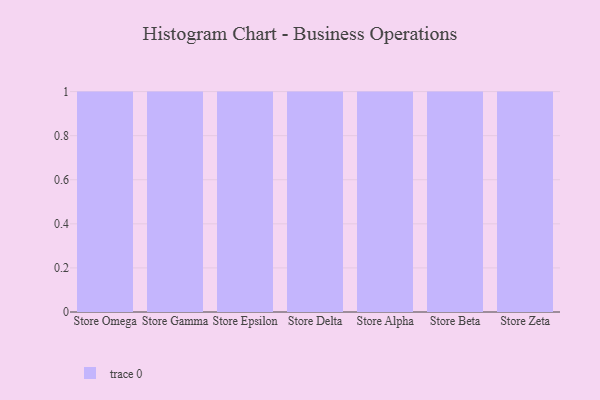
{"axis": {"x": "Store", "y": "Gross Profit (USD K)"}, "legend": [""], "data": [{"x": "Store Omega", "y": 46, "type": ""}, {"x": "Store Gamma", "y": 1, "type": ""}, {"x": "Store Epsilon", "y": 94, "type": ""}, {"x": "Store Delta", "y": 71, "type": ""}, {"x": "Store Alpha", "y": 47, "type": ""}, {"x": "Store Beta", "y": 99, "type": ""}, {"x": "Store Zeta", "y": 49, "type": ""}]}